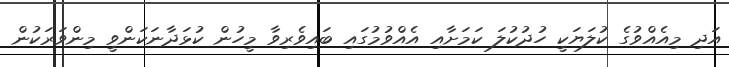
އަދި މިއެއްވުގެ ކުލަޔަކީ ހުދުކުލަ ކަމަށާއި އެއްވުމުގައި ބައިވެރިވާ މީހުން ކުޅަދާނަކަންވީ މިންވަރަކުން